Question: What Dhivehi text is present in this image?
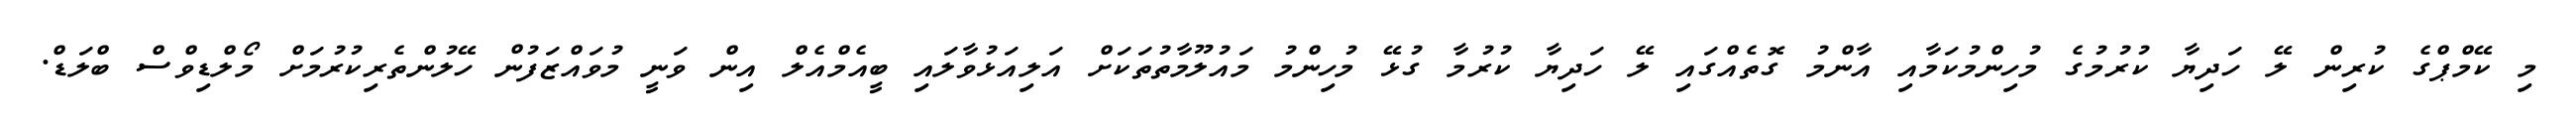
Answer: މި ކޭމްޕްގެ ކުރިން ލޭ ހަދިޔާ ކުރުމުގެ މުހިންމުކަމާއި އާންމު ގޮތެއްގައި ލޭ ހަދިޔާ ކުރުމާ ގުޅޭ މުހިންމު މައުލޫމާތުތަކަށް އަލިއަޅުވާލައި ބީއެމްއެލް އިން ވަނީ މުވައްޒަފުން ހޭލުންތެރިކުރުމަށް މޯލްޑިވްސް ބްލަޑް.